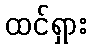
ထင်ရှား